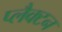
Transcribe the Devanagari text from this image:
प्लैक्टन